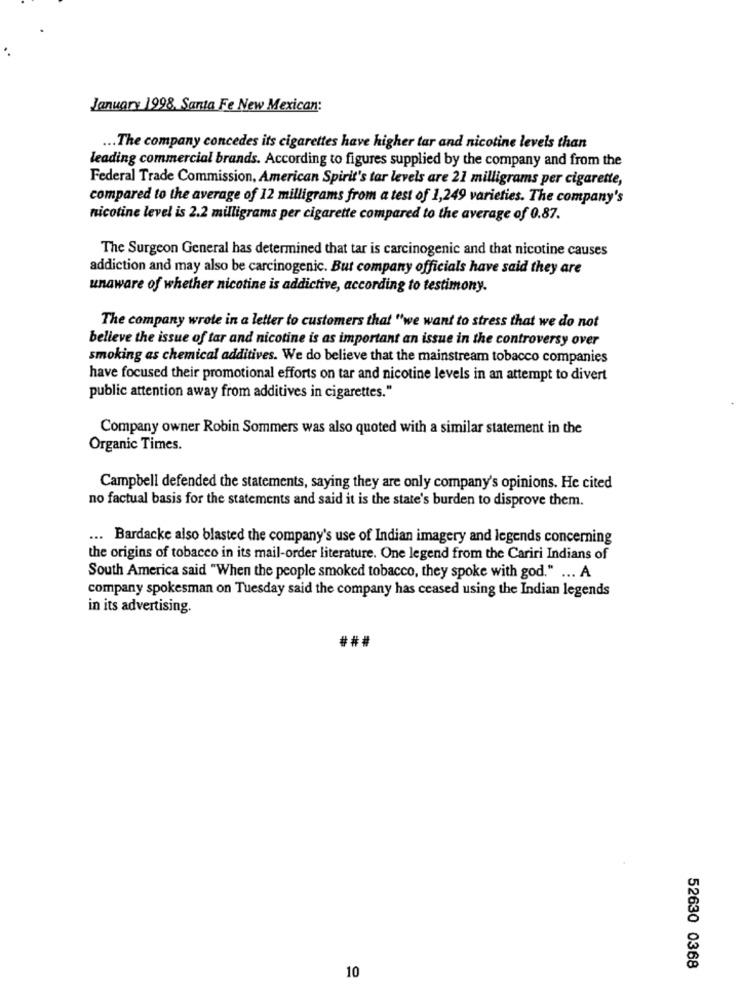
January 1998, Santa Fe New Mexican:
.. The company concedes its cigarettes have higher tar and nicotine levels than
leading commercial brands. According to figures supplied by the company and from the
Federal Trade Commission, American Spirit's tar levels are 21 milligrams per cigarette,
compared to the average of 12 milligrams from a test of 1,249 varieties. The company's
nicotine level is 2.2 milligrams per cigarette compared to the average of 0.87.
The Surgeon General has determined that tar is carcinogenic and that nicotine causes
addiction and may also be carcinogenic. But company officials have said they are
unaware of whether nicotine is addictive, according to testimony.
The company wrote in a letter to customers that "we want to stress that we do not
believe the issue of tar and nicotine is as important an issue in the controversy over
smoking as chemical additives. We do believe that the mainstream tobacco companies
have focused their promotional efforts on tar and nicotine levels in an attempt to divert
public attention away from additives in cigarettes."
Company owner Robin Sommers was also quoted with a similar statement in the
Organic Times.
Campbell defended the statements, saying they are only company's opinions. He cited
no factual basis for the statements and said it is the state's burden to disprove them.
... Bardacke also blasted the company's use of Indian imagery and legends concerning
the origins of tobacco in its mail-order literature. One legend from the Cariri Indians of
South America said "When the people smoked tobacco, they spoke with god." ... A
company spokesman on Tuesday said the company has ceased using the Indian legends
in its advertising.
###
10
52630 0368